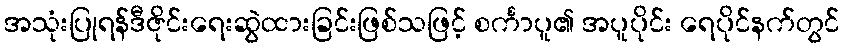
အသုံးပြုရန်ဒီဇိုင်းရေးဆွဲထားခြင်းဖြစ်သဖြင့် စင်္ကာပူ၏ အပူပိုင်း ရေပိုင်နက်တွင်